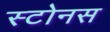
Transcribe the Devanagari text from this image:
स्टोनस